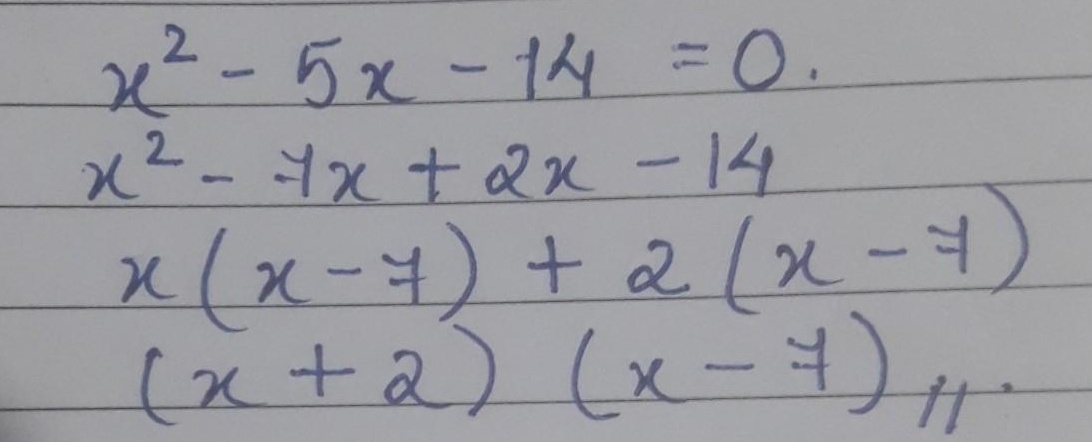
\(\begin{align*}
x^{2}-5x - 14 &= 0\\
x^{2}-7x + 2x - 14&\\
x(x - 7)+2(x - 7)&\\
(x + 2)(x - 7)&
\end{align*}\)